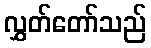
လွှတ်တော်သည်